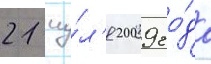
21 иу́л'я 2009 го́да